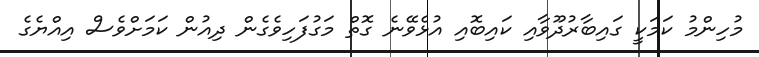
މުހިންމު ކަމަކީ ގައިބާރުދޫވާއި ކައިބޮއި އުޅެވޭނެ ގޮތް މަގުފަހިވެގެން ދިއުން ކަމަށްވެސް އިއްޔެގެ